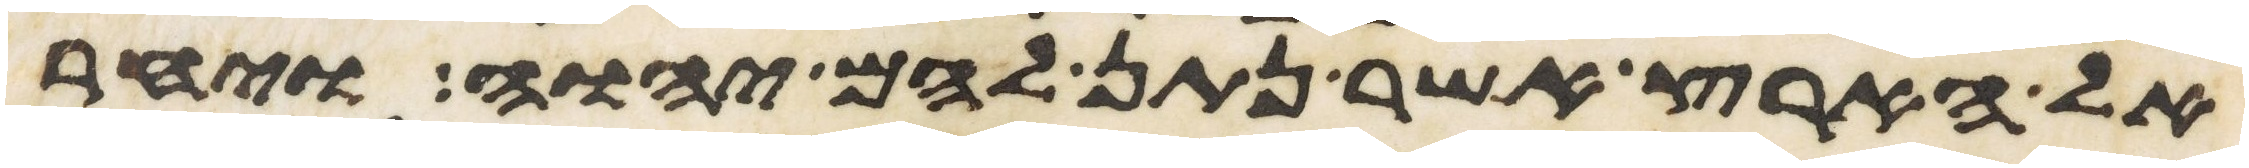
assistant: אל הארץ אשר נתן להם יהוה ויחר